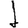
Digit: 1